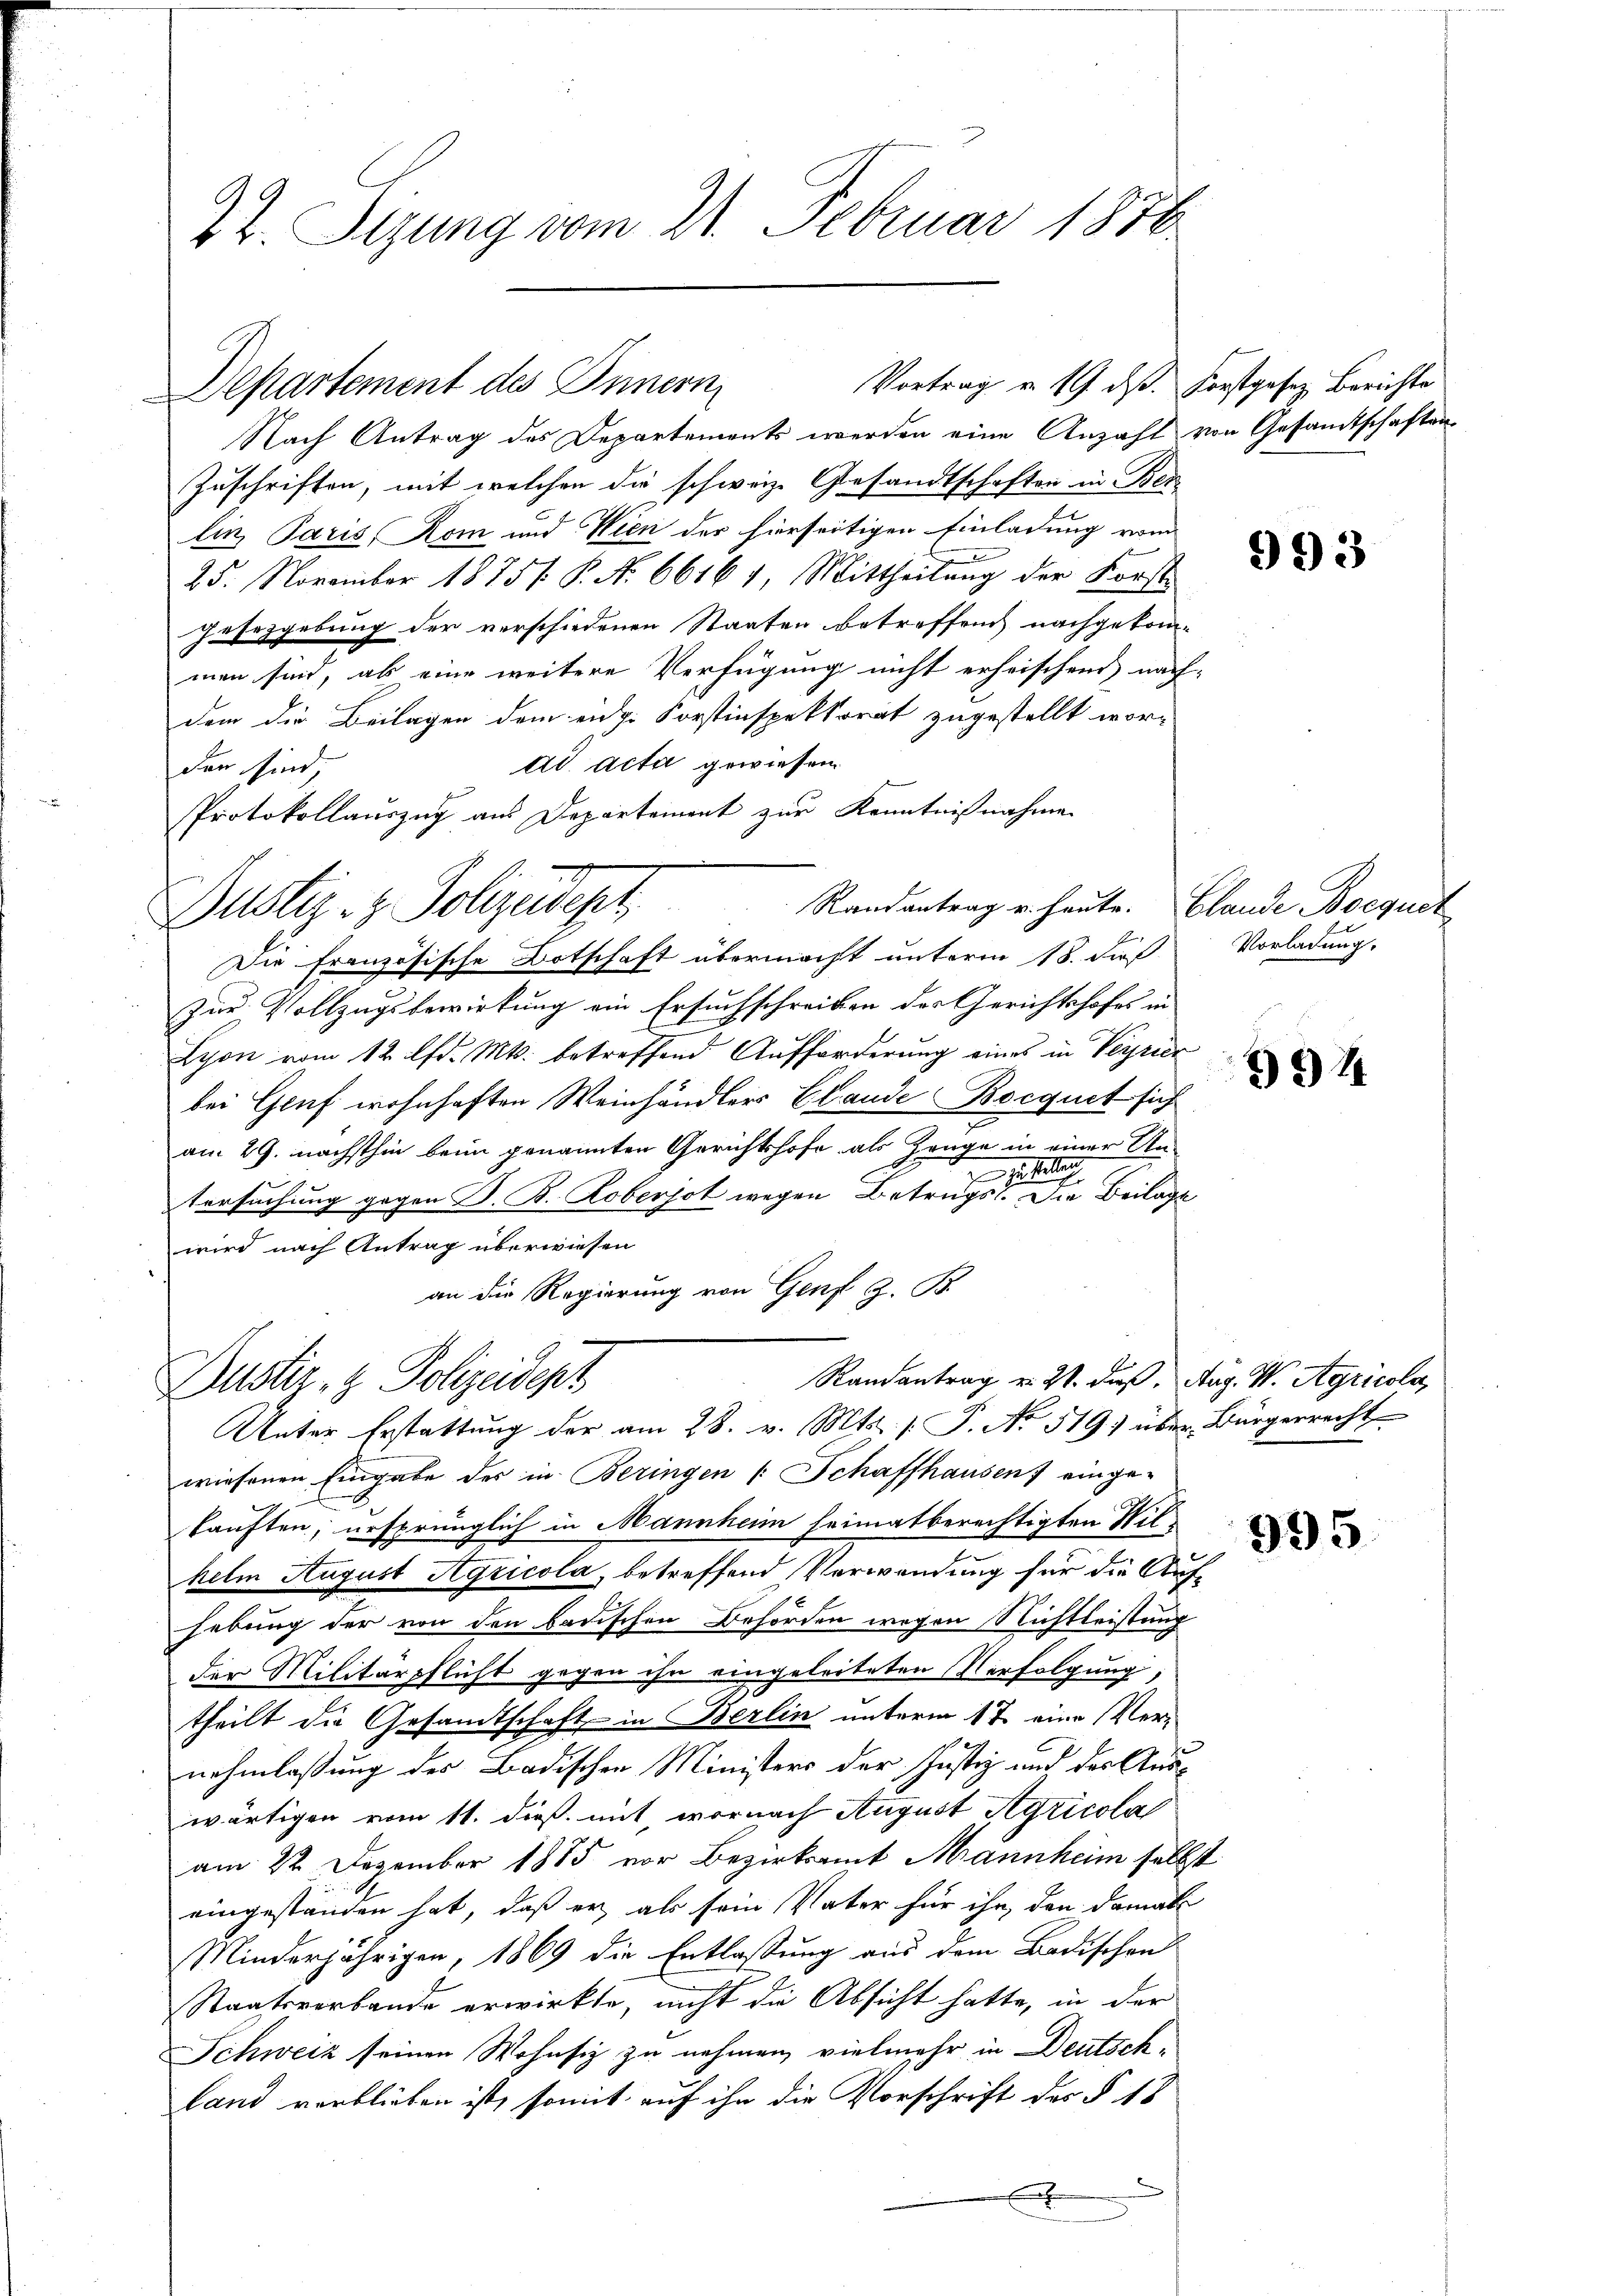
22. Sizung vom 21. Februar 1876.

Vortrag u. 19. ds. Forstgesez Berichte
Departement des Innern

Nach Antrag des Departements werden eine Anzahl von Gesamtschaften
Zuschriften, mit welchen die schweiz. Gesandtschaften in Ber
lin Paris, Rom und Wien der hierseitigen Einladung vom
25. November 1875 /: P. No 6616 1 Mittheilung der Forst-
gesetzgebung der verschiedenen Staaten betreffend nachgekom-
men sind, als eine weitere Verfügung nicht erheischend nach-
dem die Beilagen dem eidg. Forstinspektorat zugestellt wor-
ad acta gewiesen.
den sind,
Protokollauszug aus Departement zur Kenntnißnahmen
Randantrag u. heute. Blande Boequet
Die französische Botschaft übermacht unterm 18. di
Zur Vollzugsbewirkung ein Ersuchschreiben des Gerichtshofes in
Lyon vom 12. lfd. Mts. betreffend Aufforderung eines in Verzier
bei Genf wohnhaften Weinhändlers Elande Bocquet sich
am 29. nächsthin beim genannten Gerichtshofe als Zeuge in einer Un-

tersuchung gegen B. B. Roberjot wegen Betrugs. Die Beilage
wird nach Antrag überwiesen
an die Regierung von Genf z. B.
Randantrag u. 21. daß. Aug. W. Agricola,
Dustiz- & Polizeident
Unter Erstattung der am 28. v. Mts. s. S. No 519) über Bürgerrecht
wiesenen Eingabe des in Beringen (: Schaffhausen) einge-
kauften, ursprünglich in Mannheim heimatberechtigten Wilhelm August Agricola, betreffend Verwendung für die Aufhebung der von den badischen Behörden wegen Nichtleistung
der Militärpflicht gegen ihn eingeleiteten Verfolgung;
theilt die Gesandtschaft in Berlin unterm 17. eine Vernehmlassung der Badischen Ministers der Justiz und des Auswärtigen vom 11. dieß mit, wornach August Agricola
am 22. Dezember 1885 vor Bezirksamt Mannheim selbst
eingeständen hat, daß er, als sein Vater für ihn, den damals
Minderjährigen, 1869 die Entlassung aus dem Badischen
Staatsverbande erwirkte, nicht die Absicht hatte, in der
Schweiz seinen Wohnsiz zu nehmen, vielmehr in Deutsch¬
Land verblieben ist, somit auf ihn die Vorschrift des § 18
2
x

Dustiz- & Polizeidept,

Vorladung.

993

94

995.